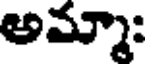
అమ్మా: